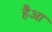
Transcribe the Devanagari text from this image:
हैआ